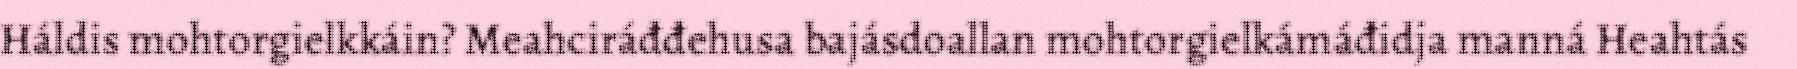
Háldis mohtorgielkkáin? Meahciráđđehusa bajásdoallan mohtorgielkámáđidja manná Heahtás